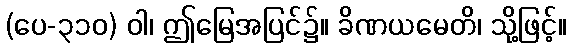
(ပေ-၃၁၀) ဝါ၊ ဤမြေအပြင်၌။ ခိဏယမေတိ၊ သို့ဖြင့်။